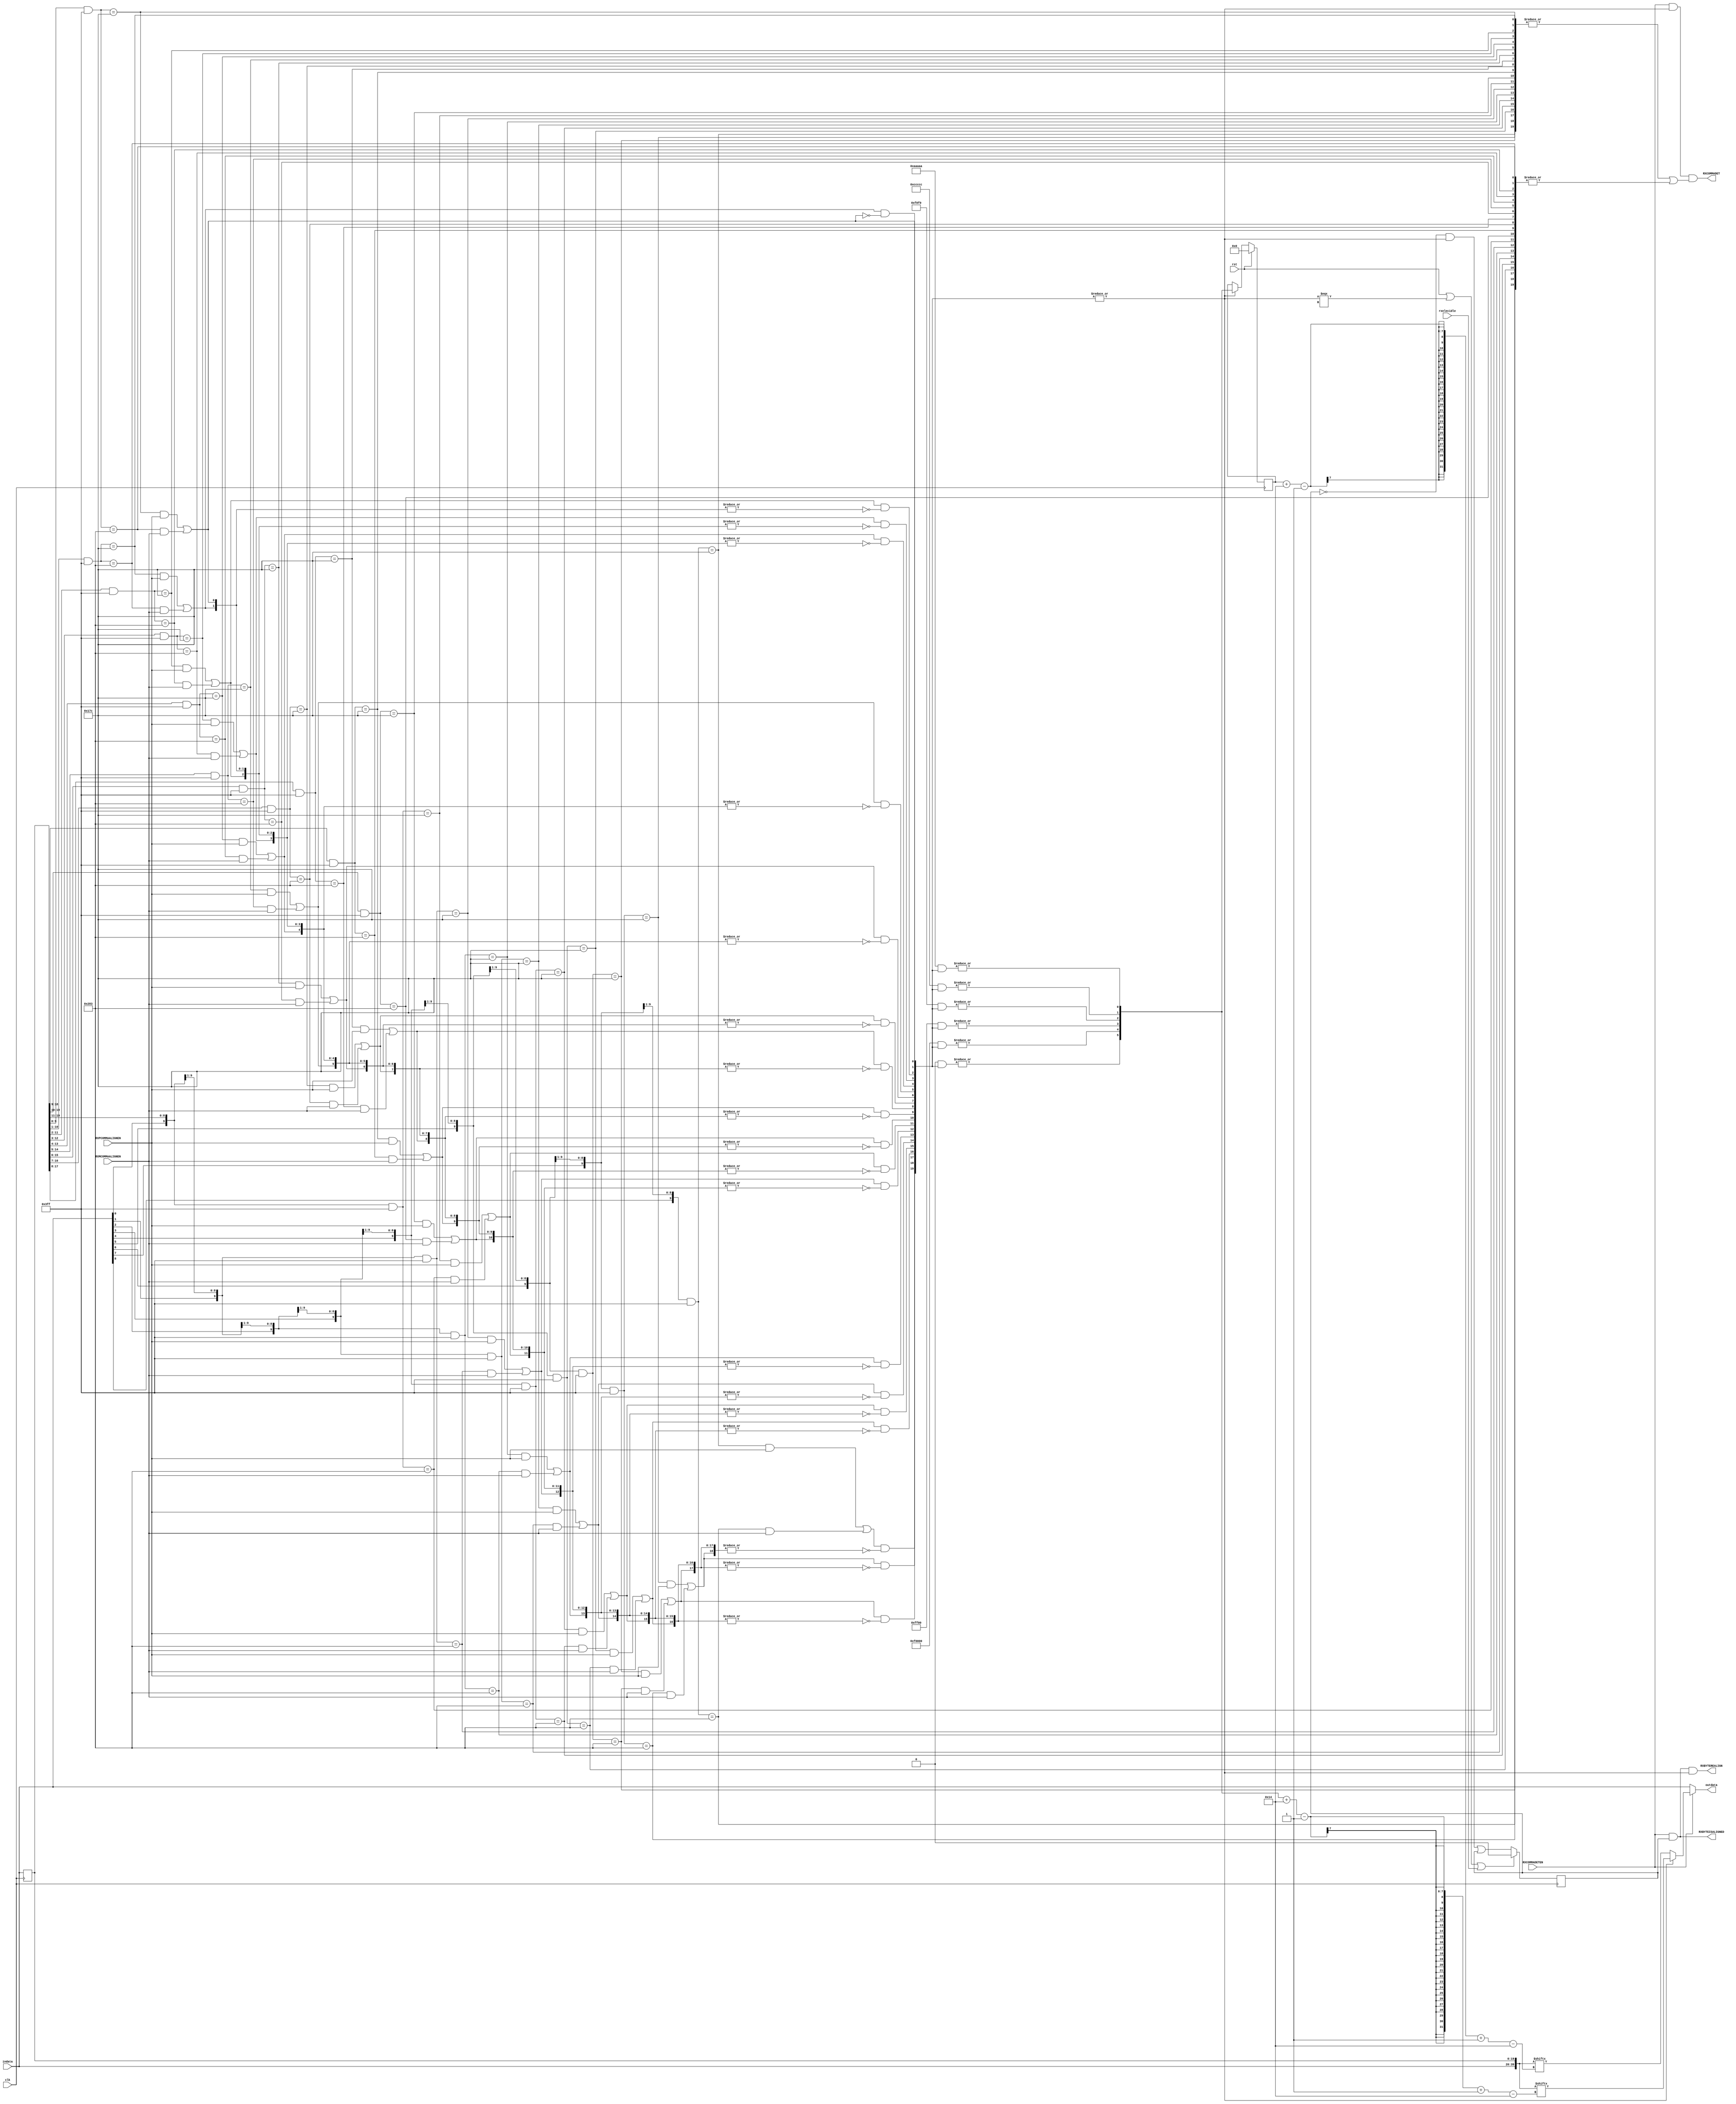
module gtxe2_chnl_rx_align #(
    parameter width = 20,
    parameter   [9:0]   ALIGN_MCOMMA_VALUE  = 10'b1010000011,
    parameter           ALIGN_MCOMMA_DET    = "TRUE",
    parameter   [9:0]   ALIGN_PCOMMA_VALUE  = 10'b0101111100,
    parameter           ALIGN_PCOMMA_DET    = "TRUE",
    parameter   [9:0]   ALIGN_COMMA_ENABLE  = 10'b1111111111,
    parameter           ALIGN_COMMA_DOUBLE  = "FALSE",
    parameter           ALIGN_COMMA_WORD    = 1
)
(
    input   wire                    clk,
    input   wire                    rst,
    input   wire    [width - 1:0]   indata,
    output  wire    [width - 1:0]   outdata,
    input   wire                    rxelecidle,
    output  wire                    RXBYTEISALIGNED,
    output  wire                    RXBYTEREALIGN,
    output  wire                    RXCOMMADET,
    input   wire                    RXCOMMADETEN,
    input   wire                    RXPCOMMAALIGNEN,
    input   wire                    RXMCOMMAALIGNEN
);
localparam  comma_width = ALIGN_COMMA_DOUBLE == "FALSE" ? 10 : 20;
localparam  window_size = width;
reg     [width - 1:0]       indata_r;
wire    [width*2 - 1:0]     data;
assign  data    = {indata, indata_r};
always @ (posedge clk)
    indata_r <= indata;
wire    [comma_width - 1:0] comma_window [window_size - 1:0];
wire    [window_size - 1:0] comma_match; 
wire    [window_size - 1:0] comma_pos; 
wire    [window_size - 1:0] pcomma_match;
wire    [window_size - 1:0] mcomma_match;
genvar ii;
generate
for (ii = 0; ii < window_size; ii = ii + 1)
begin: filter
    assign  comma_window[ii]    = data[comma_width + ii - 1:ii];
    assign  pcomma_match[ii]    = (comma_window[ii] & ALIGN_COMMA_ENABLE) == (ALIGN_PCOMMA_VALUE & ALIGN_COMMA_ENABLE);
    assign  mcomma_match[ii]    = (comma_window[ii] & ALIGN_COMMA_ENABLE) == (ALIGN_MCOMMA_VALUE & ALIGN_COMMA_ENABLE);
    assign  comma_match[ii]     = pcomma_match[ii] & RXPCOMMAALIGNEN | mcomma_match[ii] & RXMCOMMAALIGNEN;
end
endgenerate
generate
for (ii = 1; ii < window_size; ii = ii + 1)
begin: filter_comma_pos
    assign  comma_pos[ii] = comma_match[ii] & ~|comma_match[ii - 1:0];
end
endgenerate
assign  comma_pos[0] = comma_match[0];
function integer clogb2;
    input [31:0] value;
    begin
        value = value - 1;
        for (clogb2 = 0; value > 0; clogb2 = clogb2 + 1) begin
            value = value >> 1;
        end
    end
endfunction
function integer powerof2;
    input [31:0] value;
    begin
        value = 1 << value;
    end
endfunction
localparam pwidth = clogb2(width * 2 -1);
wire    [pwidth - 1:0]      pointer;
reg     [pwidth - 1:0]      pointer_latched;
wire                        pointer_set;
wire    [window_size - 1:0] pbits [pwidth - 1:0];
genvar jj;
generate
for (ii = 0; ii < pwidth; ii = ii + 1)
begin: for_each_pointers_bit
    for (jj = 0; jj < window_size; jj = jj + 1)
    begin: calculate_encoder_mask
        assign pbits[ii][jj] = jj[ii];
    end
    assign pointer[ii] = |(pbits[ii] & comma_pos);
end
endgenerate
reg     is_aligned;
assign  outdata     = ~RXCOMMADETEN ? indata : pointer_set ? data[pointer + width - 1 -:width] : data[pointer_latched + width - 1 -:width];
assign  pointer_set = |comma_pos;
assign  RXCOMMADET  = RXCOMMADETEN & pointer_set & (|pcomma_match & ALIGN_PCOMMA_DET == "TRUE" | |mcomma_match & ALIGN_MCOMMA_DET == "TRUE");
assign  RXBYTEISALIGNED = RXCOMMADETEN & is_aligned;
assign  RXBYTEREALIGN = RXCOMMADETEN & is_aligned & pointer_set;
always @ (posedge clk)
begin
    is_aligned      <= rst | pointer_set === 1'bx | rxelecidle ? 1'b0 : ~is_aligned & pointer_set | is_aligned;
    pointer_latched <= rst ? {pwidth{1'b0}} : pointer_set ? pointer : pointer_latched;
end
endmodule